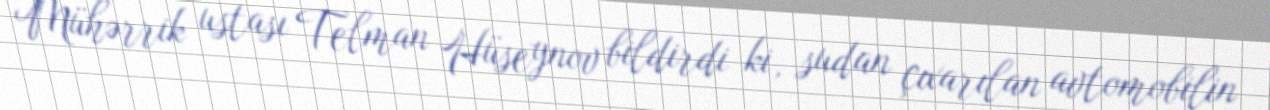
Mühərrik ustası Telman Hüseynov bildirdi ki, sudan çıxarılan avtomobilin